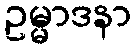
ဥမ္မာဒနာ